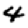
Digit: 4